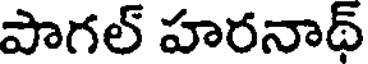
పాగల్ హరనాథ్